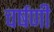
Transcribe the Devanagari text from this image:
चर्षणी